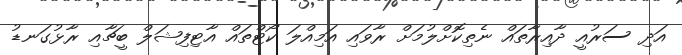
އަދި ސަރުއީ ދާއިރާތައް ނެތިކޮށްލުމަށް ރާވައި އަމިއްލަ ކޯޓްތައް އާޓިފިޝަލް ބީޗާއި ރާޅުގަނޑު